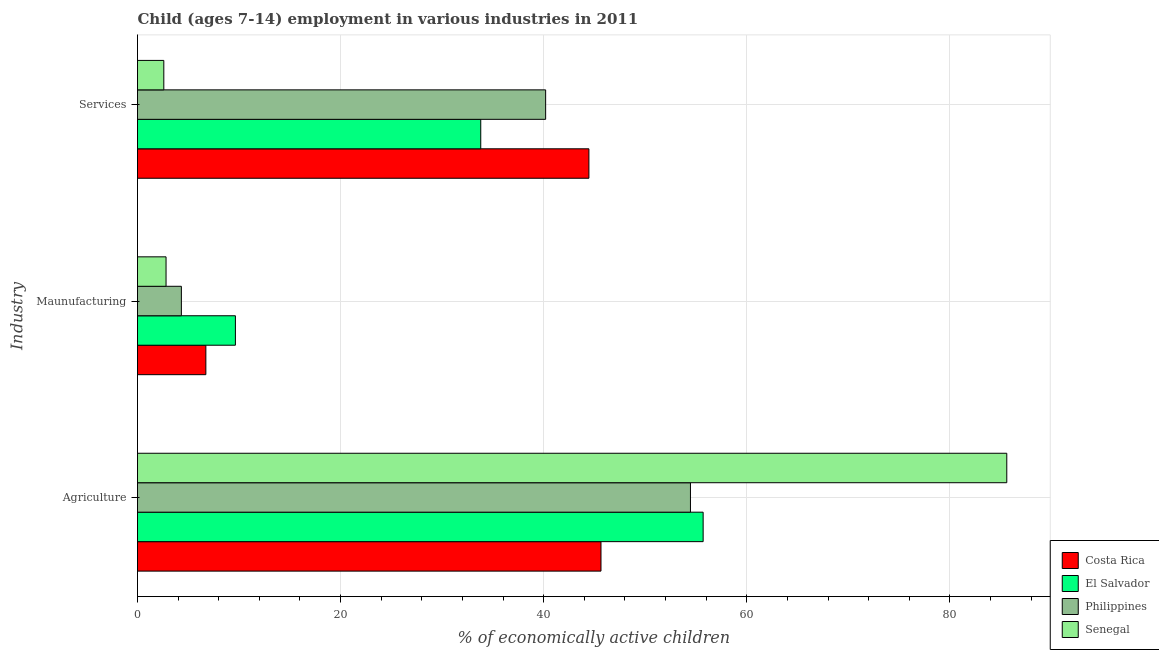
| Industry | Costa Rica | El Salvador | Philippines | Senegal |
 | --- | --- | --- | --- | --- |
 | Agriculture | 45.6 | 55.7 | 54.5 | 85.6 |
 | Maunufacturing | 6.73 | 9.64 | 4.32 | 2.81 |
 | Services | 44.5 | 33.8 | 40.2 | 2.59 |